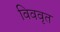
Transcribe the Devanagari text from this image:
विववृत